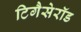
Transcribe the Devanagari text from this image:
टिगैसेरॉड